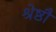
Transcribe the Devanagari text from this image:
श्रेष्ठौ